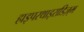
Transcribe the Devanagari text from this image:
हाइपरथाइराडिज़्म